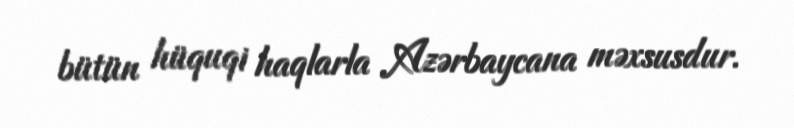
bütün hüquqi haqlarla Azərbaycana məxsusdur.